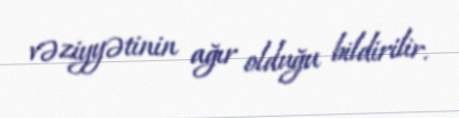
vəziyyətinin ağır olduğu bildirilir.